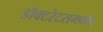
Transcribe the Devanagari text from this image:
डॉक्टरेटसमकक्ष